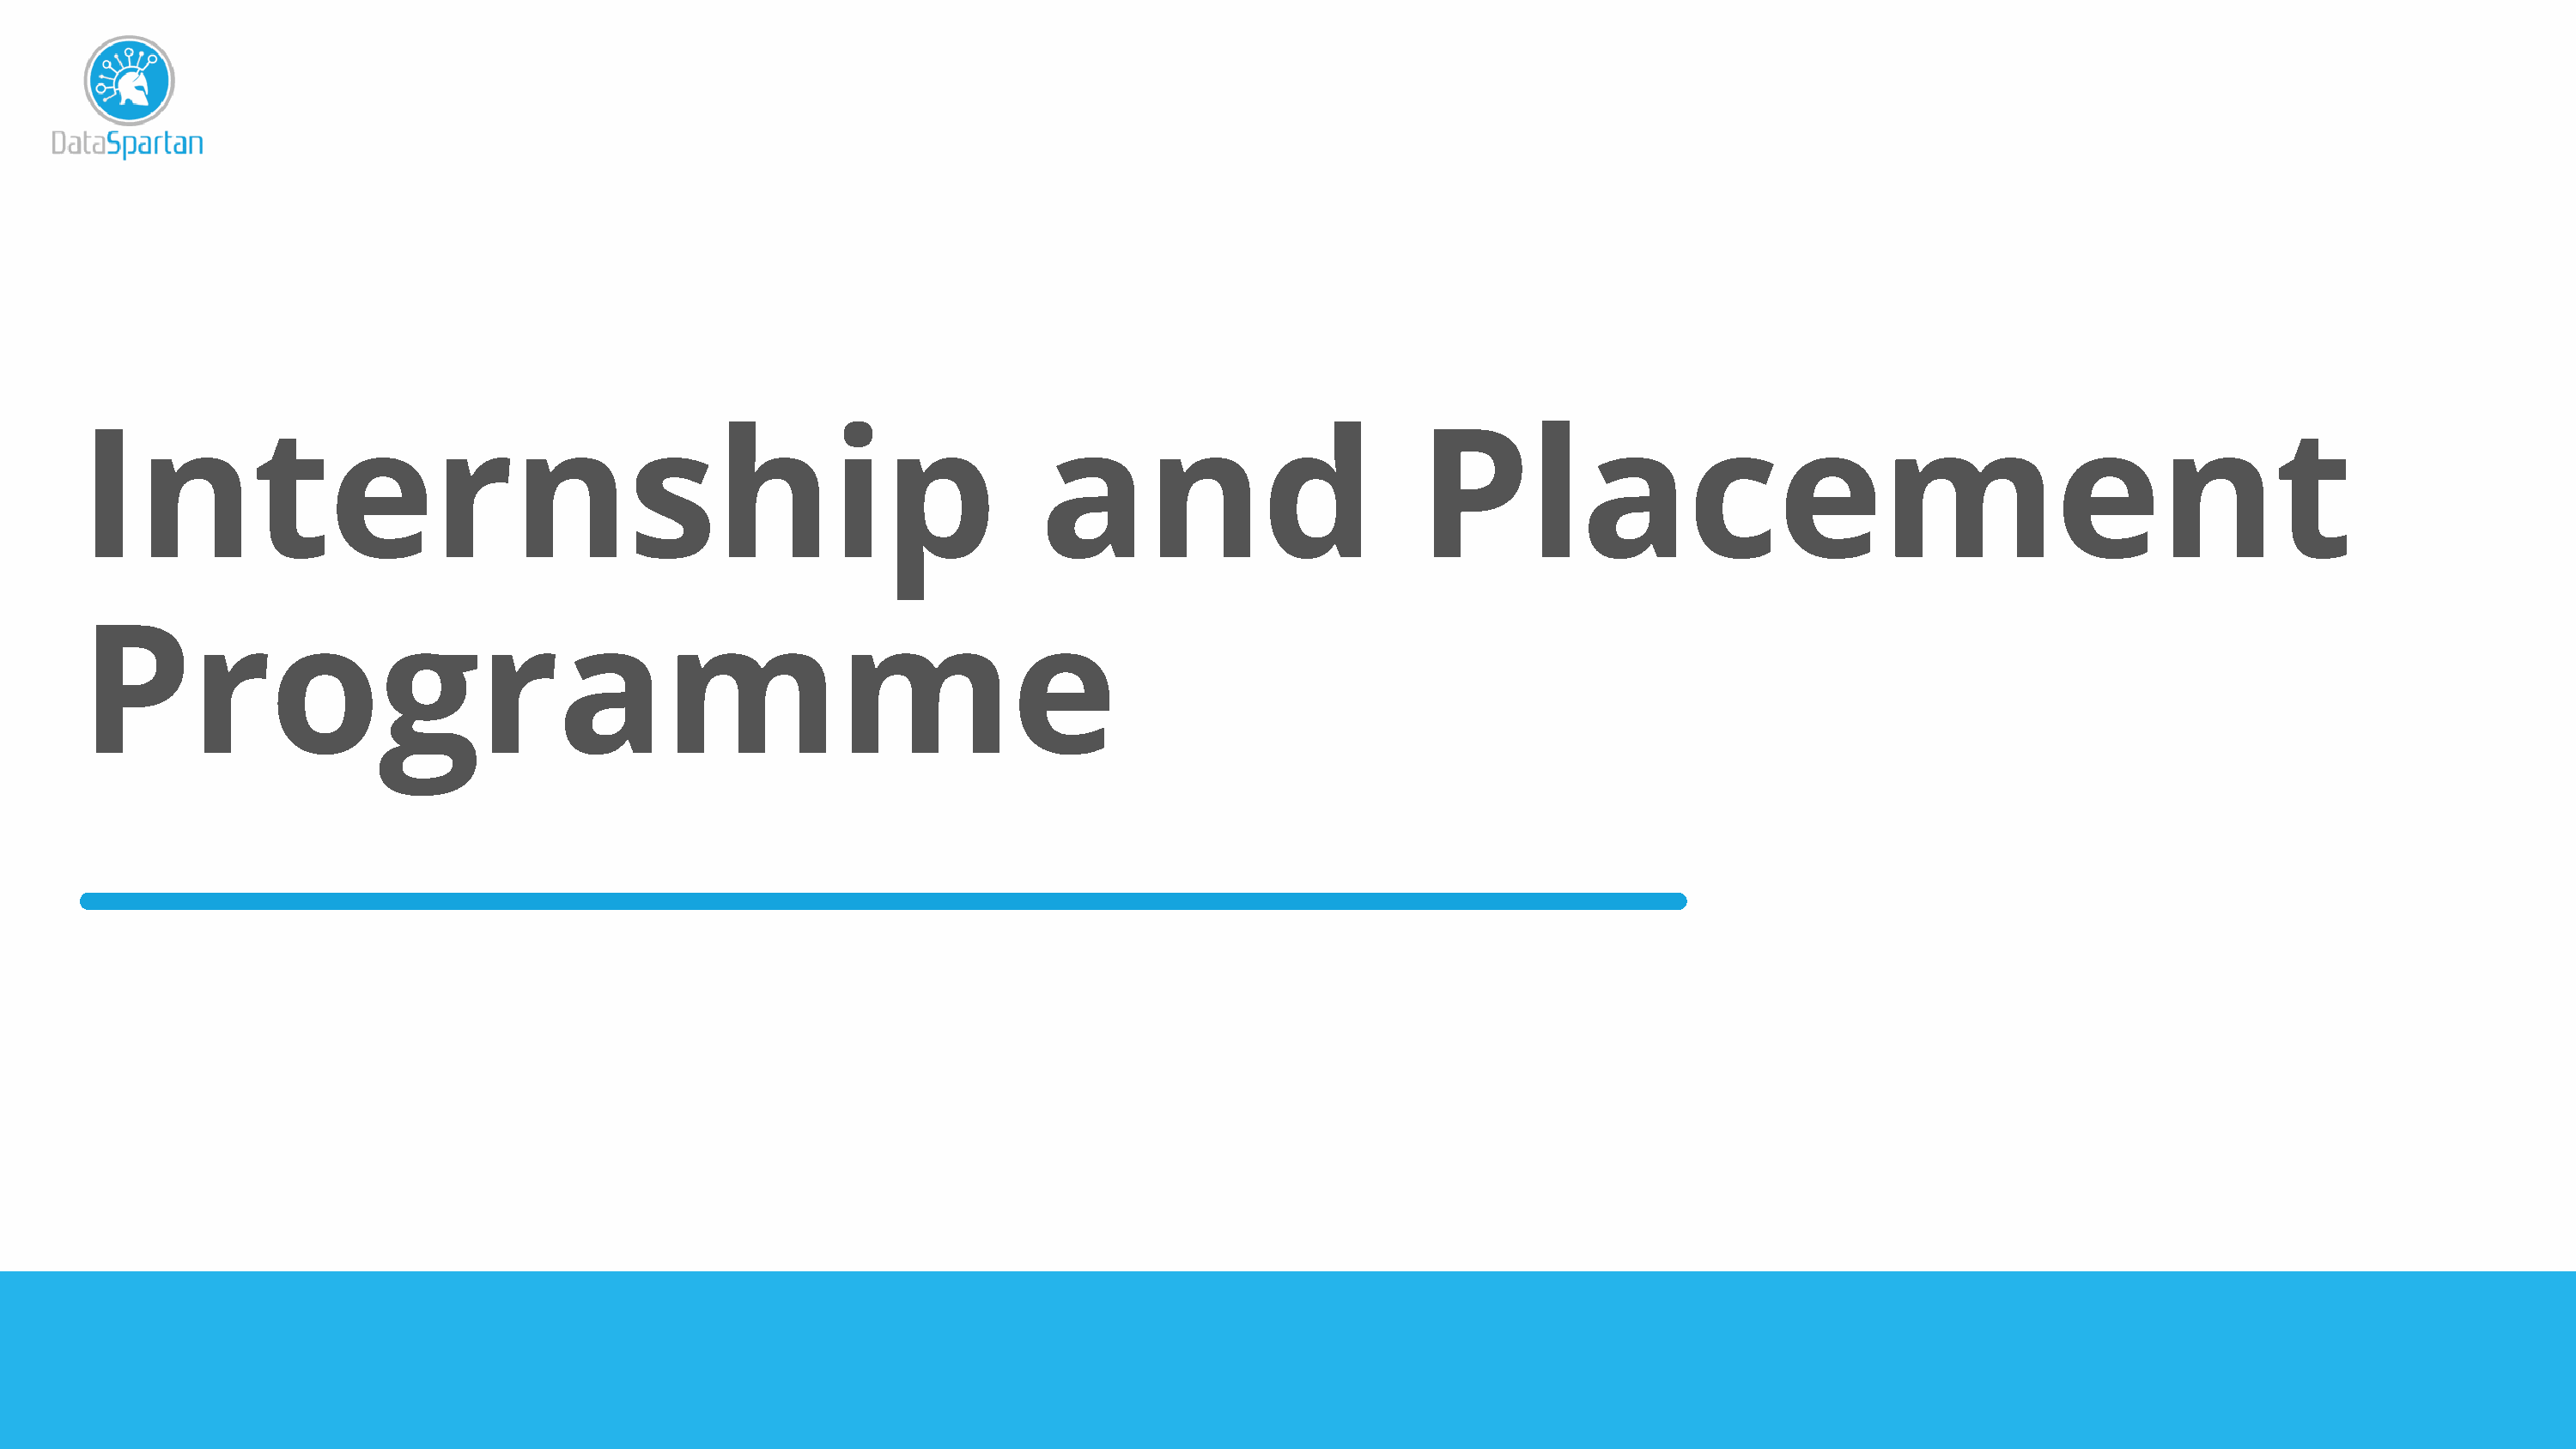
Internship                                                                and                          Placement
 Programme